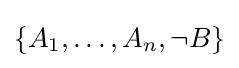
\{A_{1},\ldots ,A_{n},\neg B\}